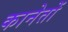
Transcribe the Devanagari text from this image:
कानेतों